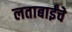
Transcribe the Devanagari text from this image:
लताबाईंचे